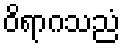
ဝိရာဂသညံ